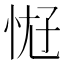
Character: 𫺀